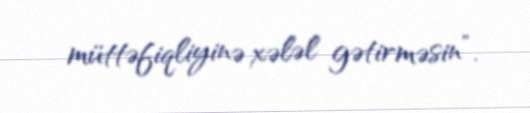
müttəfiqliyinə xələl gətirməsin”.